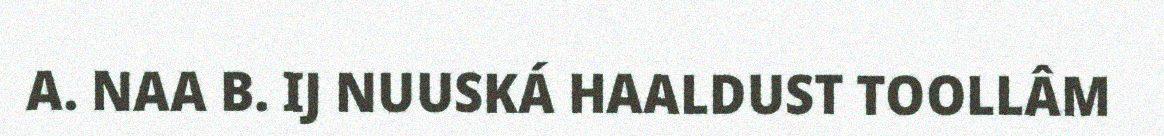
A. NAA B. IJ NUUSKÁ HAALDUST TOOLLÂM